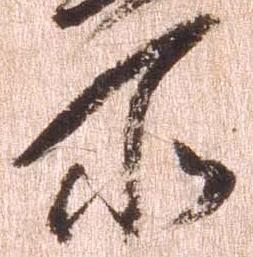
所